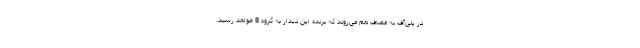
در پلی‌آف به مصاف هم می‌روند که برنده این دیدار به گروه B خواهد رسید.